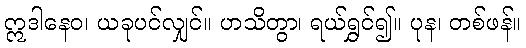
ဣဒါနေဝ၊ ယခုပင်လျှင်။ ဟသိတွာ၊ ရယ်ရွှင်၍။ ပုန၊ တစ်ဖန်။